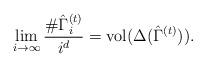
LaTeX: \begin{align*}\lim_{i\rightarrow\infty} \frac{\# \hat{\Gamma}^{(t)}_i}{i^d}={\rm vol}(\Delta(\hat{\Gamma}^{(t)})).\end{align*}